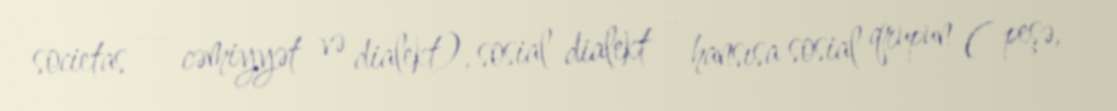
societas — cəmiyyət və dialekt), sosial dialekt - hansısa sosial qrupun ( peşə,